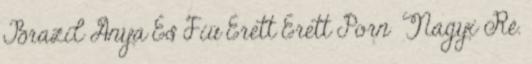
Brazil Anya És Fiú Érett Érett Porn Nagyi Ré.